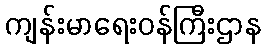
ကျန်းမာရေးဝန်ကြီးဌာန